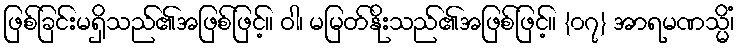
ဖြစ်ခြင်းမရှိသည်၏အဖြစ်ဖြင့်။ ဝါ၊ မမြတ်နိုးသည်၏အဖြစ်ဖြင့်။ {၀၇} အာရမဏသ္မိံ၊